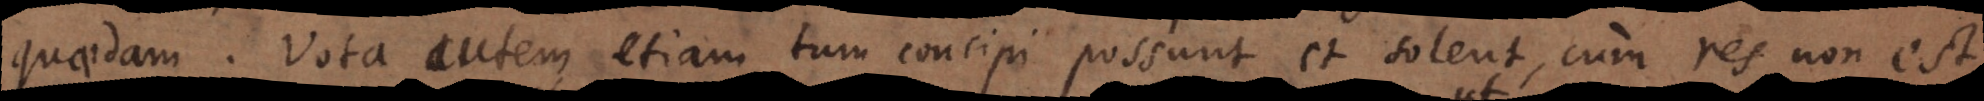
quaedam. Vota autem etiam tum concipi possunt et solent, cum res non est